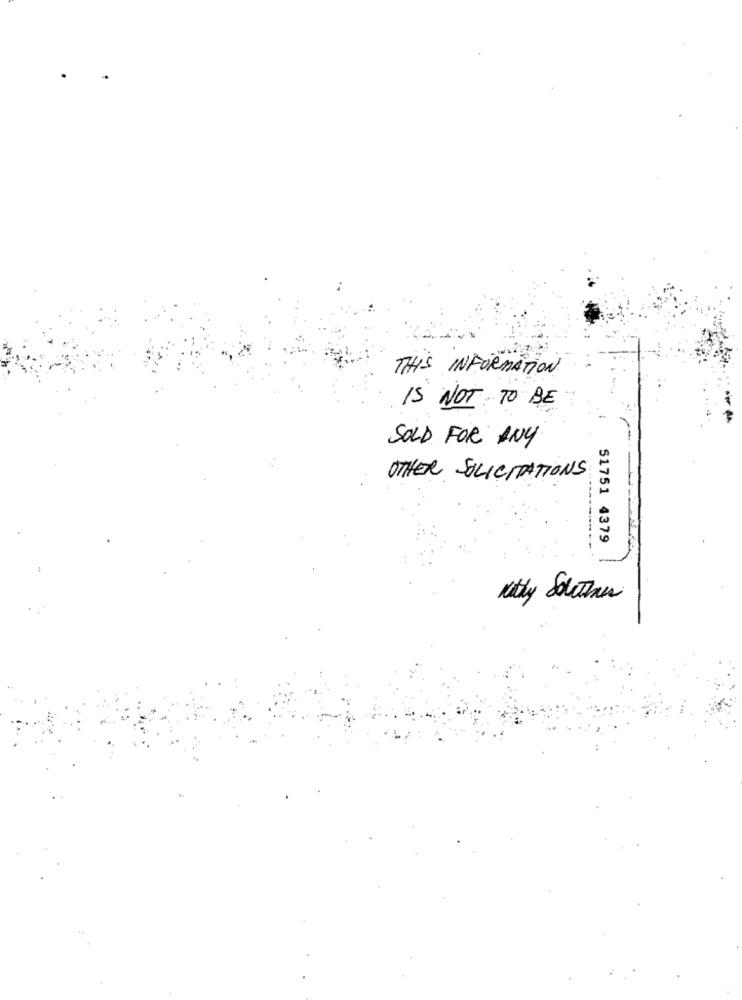
THIS INFORMATION
IS NOT TO BE
SOLD FOR ANY
OTHER SOLICITATIONS
51751 4379
Kathy Southen